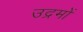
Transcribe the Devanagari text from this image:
उद्रमों